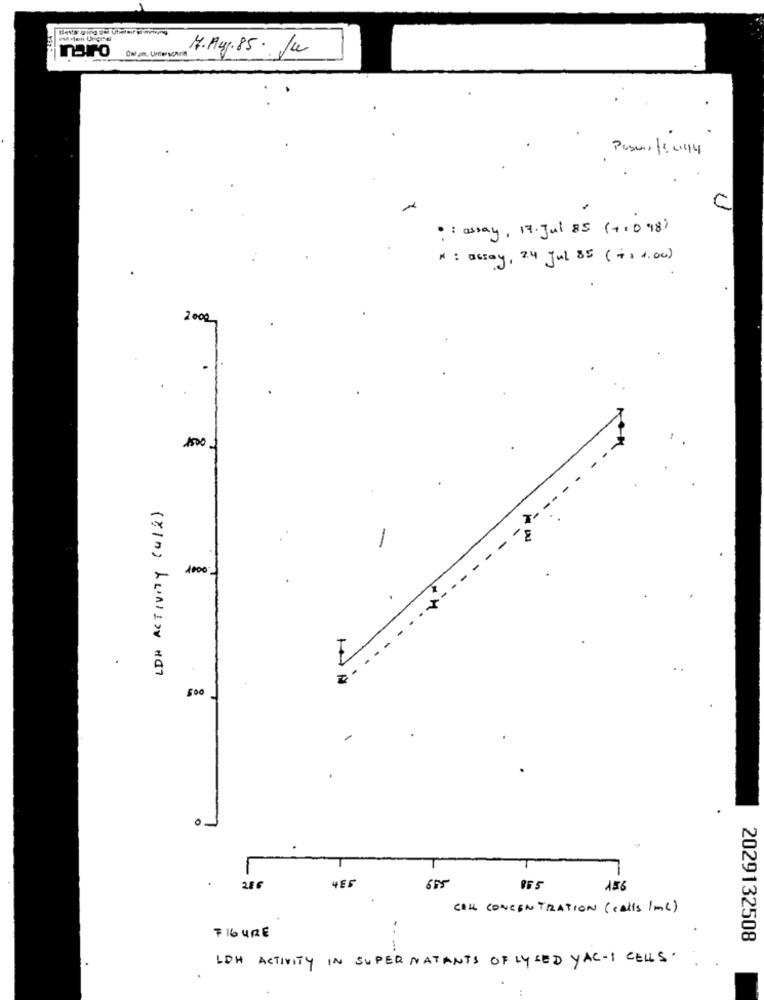
7.Aug.85 . Ju
naro
00 am, Unter schim
: : assay, 17. Jul 85 (710 98)
* : assay, 24 Jul 85 (+1 1.00 )
2000
1500
LDH ACTIVITY (412)
1000;
.
500
286
655
156
CELL CONCENTRATION (calls /ml)
FIGURE
2029132508
LOH ACTIVITY IN SUPER NATANTS OF LYSED YAC-1 CELLS.